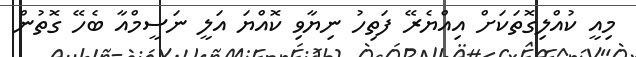
މިއީ ކުއްލިގޮތަކަށް އިއްޔެރޭ ފަަތިހު ނިޔާވި ކޮއްޔަ އަލީ ނަސީމްއާ ބެހޭ ގޮތުން